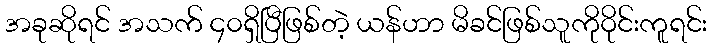
အခုဆိုရင် အသက် ၄၀ရှိပြီဖြစ်တဲ့ ယန်ဟာ မိခင်ဖြစ်သူကိုဝိုင်းကူရင်း